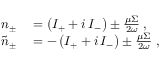
\begin{array} { r l } { n _ { \pm } } & { { } = \left( I _ { + } + i \, I _ { - } \right) \pm \frac { \mu \Sigma } { 2 \omega } \; , } \\ { \tilde { n } _ { \pm } } & { { } = - \left( I _ { + } + i \, I _ { - } \right) \pm \frac { \mu \Sigma } { 2 \omega } \; , } \end{array}